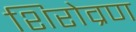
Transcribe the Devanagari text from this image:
शिरोव्रण